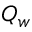
Q _ { w }